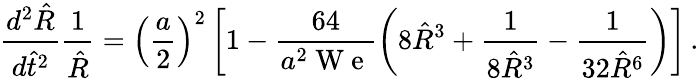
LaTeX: \frac{d^{2}\hat{R}}{d\hat{t}^{2}}\frac{1}{\hat{R}}=\left(\frac{a}{2}\right)^{2}\left[1-\frac{64}{a^{2}\mathrm{~W~e~}}\left(8\hat{R}^{3}+\frac{1}{8\hat{R}^{3}}-\frac{1}{32\hat{R}^{6}}\right)\right]\, .